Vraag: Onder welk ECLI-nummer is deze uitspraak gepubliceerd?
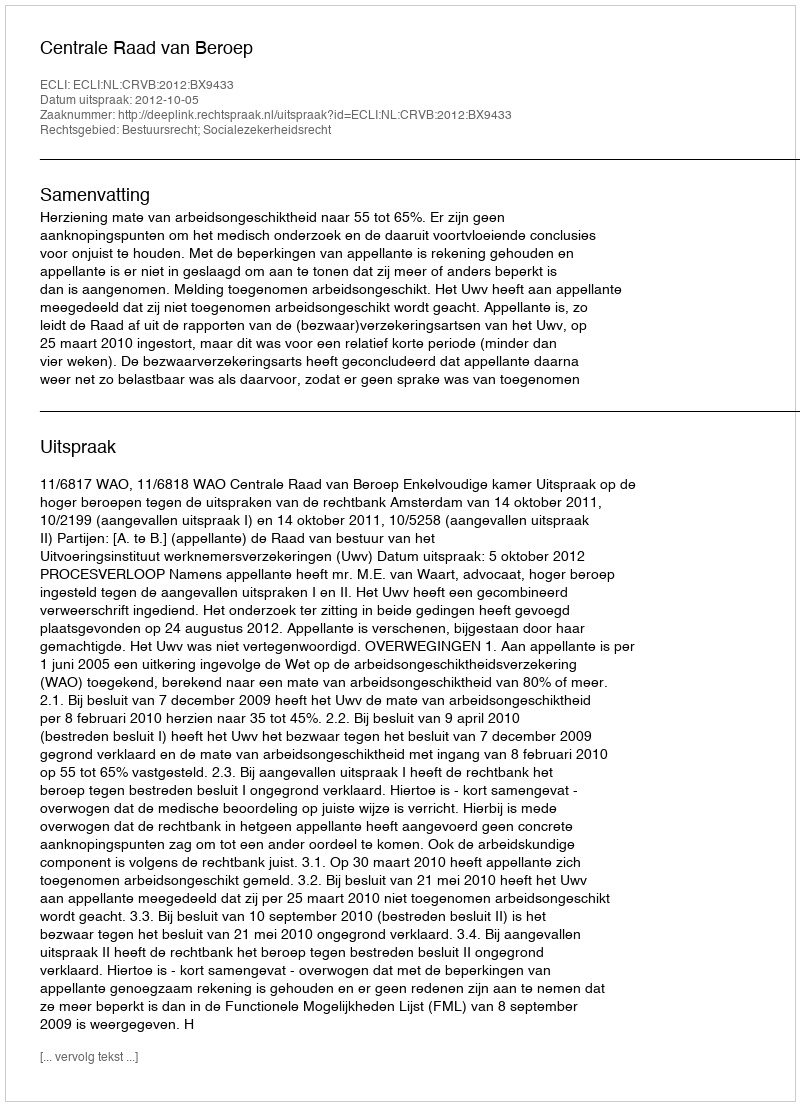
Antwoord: ECLI:NL:CRVB:2012:BX9433